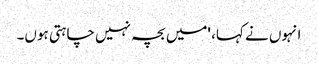
انہوں نے کہا، 'میں بچہ نہیں چاہتی ہوں۔